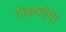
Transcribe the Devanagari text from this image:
गोफणीचा